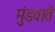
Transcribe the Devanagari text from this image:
मुंडवाते